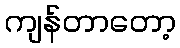
ကျန်တာတော့